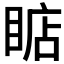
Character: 𰥳